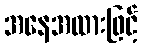
အနေအထားဖြင့်